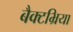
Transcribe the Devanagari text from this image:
बैक्टभ्रिया